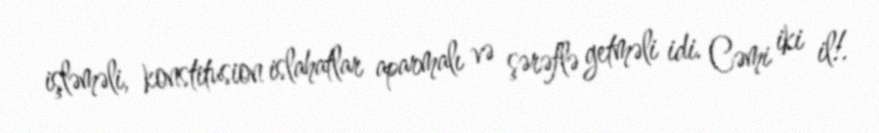
işləməli, konstitusion islahatlar aparmalı və şərəflə getməli idi. Cəmi iki il!.